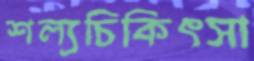
শল্যচিকিৎসা